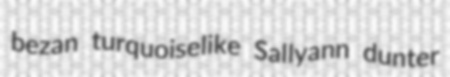
bezan turquoiselike Sallyann dunter